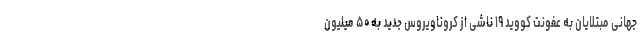
جهانیِ مبتلایان به عفونت کووید ۱۹ ناشی از کروناویروس جدید به ۵۰ میلیون